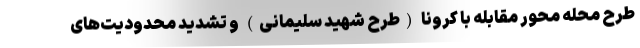
طرح محله محور مقابله با کرونا (طرح شهید سلیمانی) و تشدید محدودیت‌های